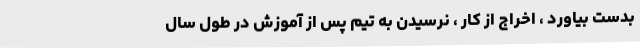
بدست بیاورد ، اخراج از کار ، نرسیدن به تیم پس از آموزش در طول سال